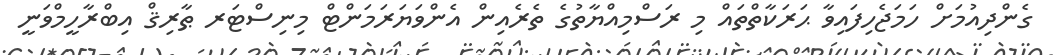
ގެންދިއުމަށް ހަމަޖެހިފައިވާ ޙަރަކާތްތައް މި ރަސްމިއްޔާތުގެ ތެރެއިން އެންވަޔަރަމަންޓް މިނިސްޓަރ ޠާރިޤް އިބްރާހީމްވަނީ